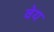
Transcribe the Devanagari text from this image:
वेय